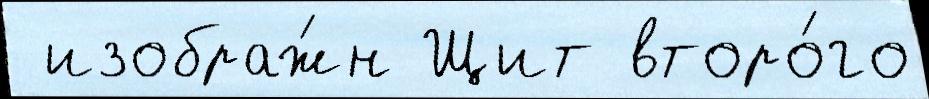
 изображ́н Щит второ́го